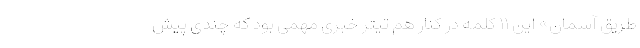
طریق آسمان» این ۱۱ کلمه در کنار هم تیتر خبری مهمی بود که چندی پیش